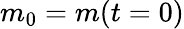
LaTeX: m_{0}=m(t=0)